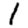
Digit: 1